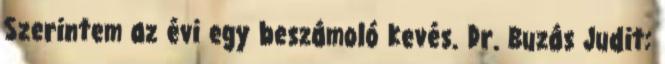
Szerintem az évi egy beszámoló kevés. Dr. Buzás Judit: